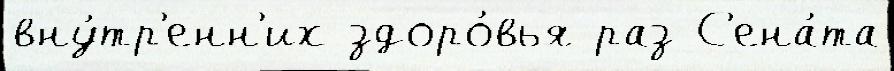
вну́тр'енн'их здоро́вья раз С'ена́та